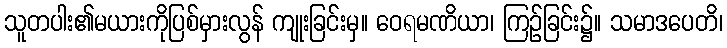
သူတပါး၏မယားကိုပြစ်မှားလွန် ကျုးခြင်းမှ။ ဝေရမဏိယာ၊ ကြဉ်ခြင်း၌။ သမာဒပေတိ၊